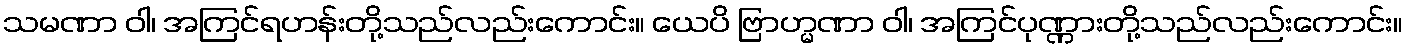
သမဏာ ဝါ၊ အကြင်ရဟန်းတို့သည်လည်းကောင်း။ ယေပိ ဗြာဟ္မဏာ ဝါ၊ အကြင်ပုဏ္ဏားတို့သည်လည်းကောင်း။